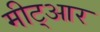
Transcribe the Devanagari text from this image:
मीट्आर